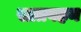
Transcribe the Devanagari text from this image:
सातवहन